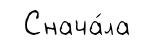
Снача́ла